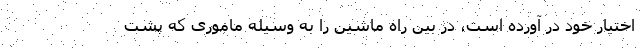
اختیار خود در آورده است، در بین راه ماشین را به وسیله ماموری که پشت